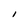
Character: l